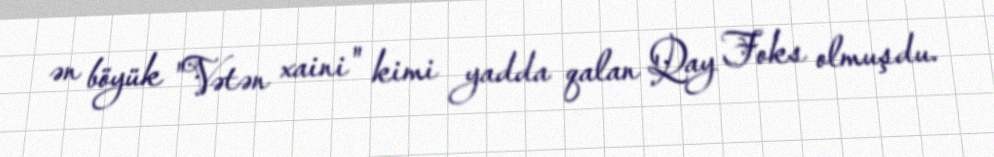
ən böyük "Vətən xaini" kimi yadda qalan Qay Foks olmuşdu.